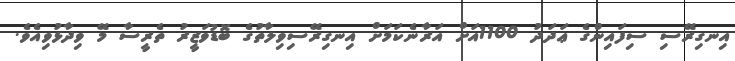
އިނގިރޭސި ސިފައިންގެ ޢަދަދު 1100އަށް އަރާނެކަމަށް އިނގިރޭސިވިލާތުގެ ބޮޑުވަޒީރު ތެރީސާ މޭ ވިދާޅުވިއެވެ.